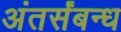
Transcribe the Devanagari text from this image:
अंतर्संबन्ध